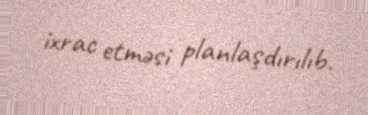
ixrac etməsi planlaşdırılıb.